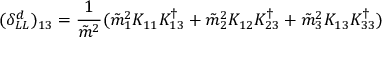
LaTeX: ( \delta _ { L L } ^ { d } ) _ { 1 3 } = \frac { 1 } { \tilde { m } ^ { 2 } } ( \tilde { m } _ { 1 } ^ { 2 } K _ { 1 1 } K _ { 1 3 } ^ { \dag } + \tilde { m } _ { 2 } ^ { 2 } K _ { 1 2 } K _ { 2 3 } ^ { \dag } + \tilde { m } _ { 3 } ^ { 2 } K _ { 1 3 } K _ { 3 3 } ^ { \dag } )